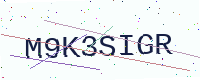
Text: M9K3SIGR